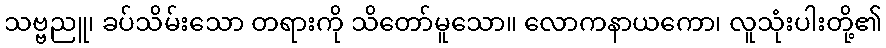
သဗ္ဗညူ၊ ခပ်သိမ်းသော တရားကို သိတော်မူသော။ လောကနာယကော၊ လူသုံးပါးတို့၏